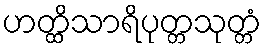
ဟတ္ထိသာရိပုတ္တသုတ္တံ